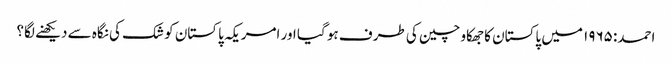
احمد: ۱۹۶۵ میں پاکستان کا جھکاو چین کی طرف ہو گیا اور امریکہ پاکستان کو شک کی نگاہ سے دیکھنے لگا؟